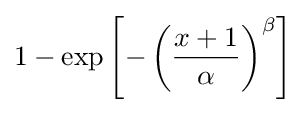
1-\exp \left[-\left({\frac {x+1}{\alpha }}\right)^{\beta }\right]